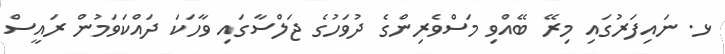
ޅ. ނައިފަރުގައި މިރޭ ބޭއްވި މަސްވެރިންގެ ދުވަހުގެ ޖަލްސާގައި ވާހަކަ ދައްކަވަމުން ރައީސް